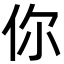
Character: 你